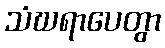
သံဃရာပေတွာ